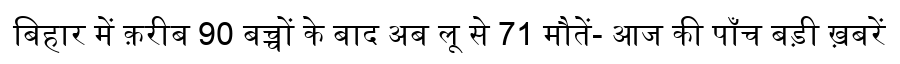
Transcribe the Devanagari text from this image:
बिहार में क़रीब 90 बच्चों के बाद अब लू से 71 मौतें- आज की पाँच बड़ी ख़बरें